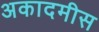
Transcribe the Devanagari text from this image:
अकादमीस